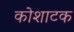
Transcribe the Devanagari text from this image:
कोशाटक